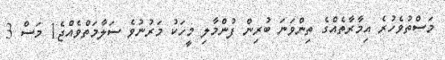
މަސްތުވެހުރެ އިމާރާތެއްގެ ތިންވަނަ ބުރިން ފުންމާލި މީހަކު މަރުނުވެ ސަލާމަތްވެއްޖެ1 މަސް 3